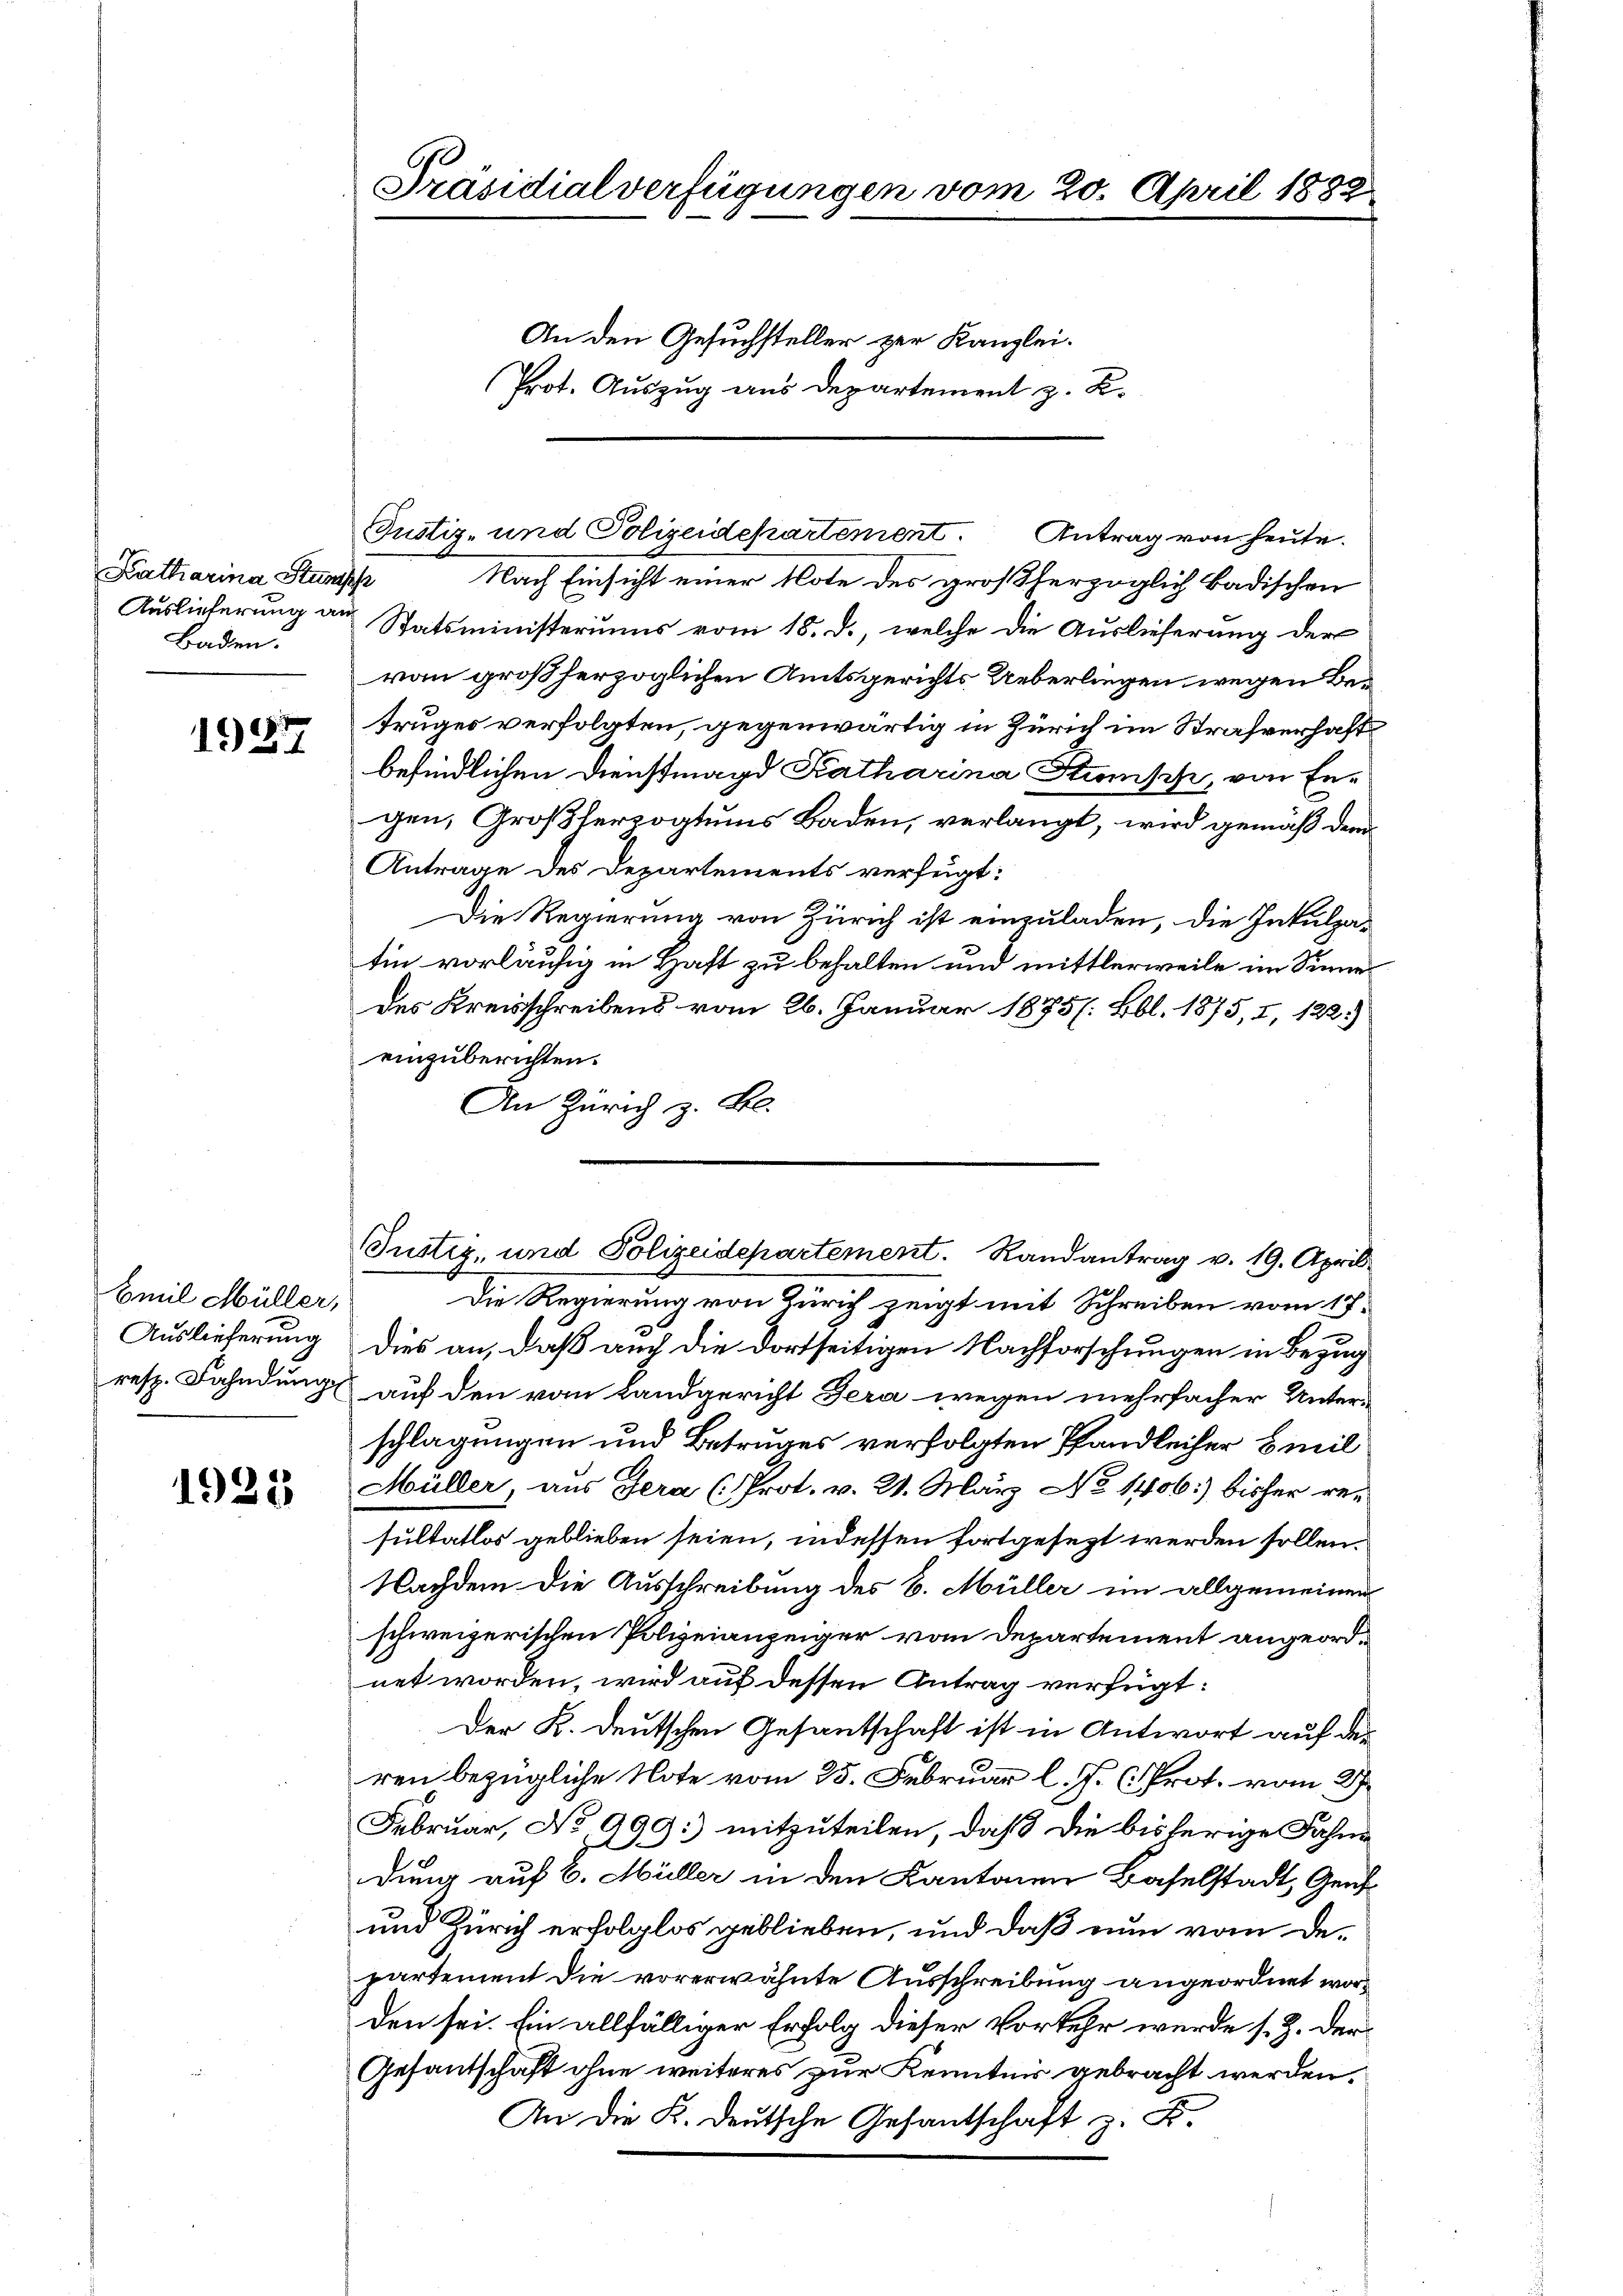
Katharina Stumh
Baden.

1937

Emil Müller,

1925

Nach Einsicht einer Note des großherzoglich badischen
Auslieferung an Statsministeriums vom 18. d., welche die Auslieferung der
ran großherzoglichen Amtsgerichts Ueberliegen wegen Betruges verfolgten, gegenwärtig in Zürich im Strafverhaft
befindlichen Dienstmagd Katharina Stunisch, von Engen, Großherzogtums Baden, verlangt, wird gemäß dem
Antrage des Departements verfügt:
Die Regierung von Zürich ist einzuladen, die Inkulpatin vorläufig in Haft zu behalten und mittlerweile im Sinne
des Kreisschreibens vom 26. Januar 1875. Bbl. 1875, I, 122.)
einzuberichten.
An Zürich z. B.

Präsidialverfügungen vom 20. April 1882
An den Gesuchsteller zur Kanzlei.
Prot. Auszug aus Departement z. B.

Justiz- und Polizeidepartement. Antrag von heute.

Die Regierung von Zürich zeigt mit Schreiben vom 17.
6
Auslieferung dies an, daß auch die dortseitigen Nachforschungen in Bezug
resp. Fahndung auf den vom Landgericht Gera wegen mehrfacher Unter-
schlagungen und Betruges verfolgten Pfandleiher Emil
Müller, aus Gera (Prot. v. 21. März No 1406. bisher re-
sultatlos geblieben seien, indessen fortgesezt werden sollen.
Nachdem die Ausschreibung des B. Müller im allgemeinen
schweizerischen Polizeianzeiger vom Departement angeordnet worden, wird auf dessen Antrag verfügt:
Der K. Deutschen Gesantschaft ist in Antwort auf der
ren bezügliche Note vom 25. Februar l. J. (Prot. vom 27.
Februar, No 999: mitzuteilen, daß die bisherige Fahne
dung auf 6. Müller in den Kantonen Baselstadt, Genf
und Zürich erfolglos geblieben, und daß nun vom Departement die vorerwähnte Ausschreibung angeordnet worden sei. Ein allfälliger Erfolg dieser Vorkehr wurde s. Z. der¬
Gesantschaft ohne weiteres zur Kenntnis gebracht werden.
An die K. Deutsche Gesantschaft z. B.

Justiz, und Polizeidepartement. Randantrag v. 19. April